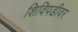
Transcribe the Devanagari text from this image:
शिविपडीवर